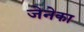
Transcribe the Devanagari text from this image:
जेनेका